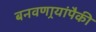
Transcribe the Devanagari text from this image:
बनवणार्‍यांपैकी